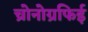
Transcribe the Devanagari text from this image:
च्रोनोग्रफिई